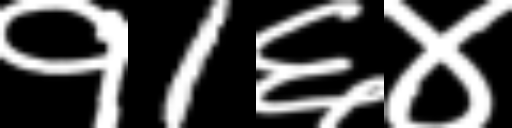
Text: १1६४